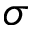
\sigma